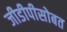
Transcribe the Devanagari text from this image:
जीडीपीसोबत